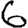
Digit: 6